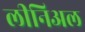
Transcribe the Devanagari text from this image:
लीनिअल